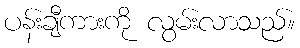
ပန်းချီကားကို လွမ်းလာသည်။